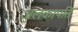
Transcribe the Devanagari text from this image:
अलकापति